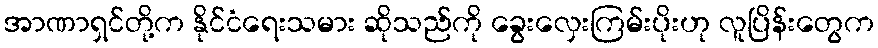
အာဏာရှင်တို့က နိုင်ငံရေးသမား ဆိုသည်ကို ခွေးလှေးကြမ်းပိုးဟု လူပြိန်းတွေက